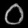
Digit: ၀